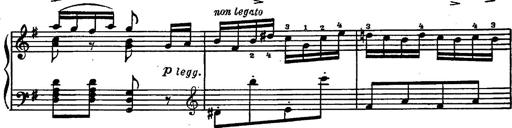
Title: Magyar rapszÃ³diÃ¡k
Composer: Franz Liszt